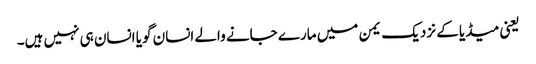
یعنی میڈیا کے نزدیک یمن میں مارے جانے والے انسان گویا انسان ہی نہیں ہیں۔